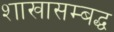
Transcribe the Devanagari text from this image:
शाखासम्बद्ध